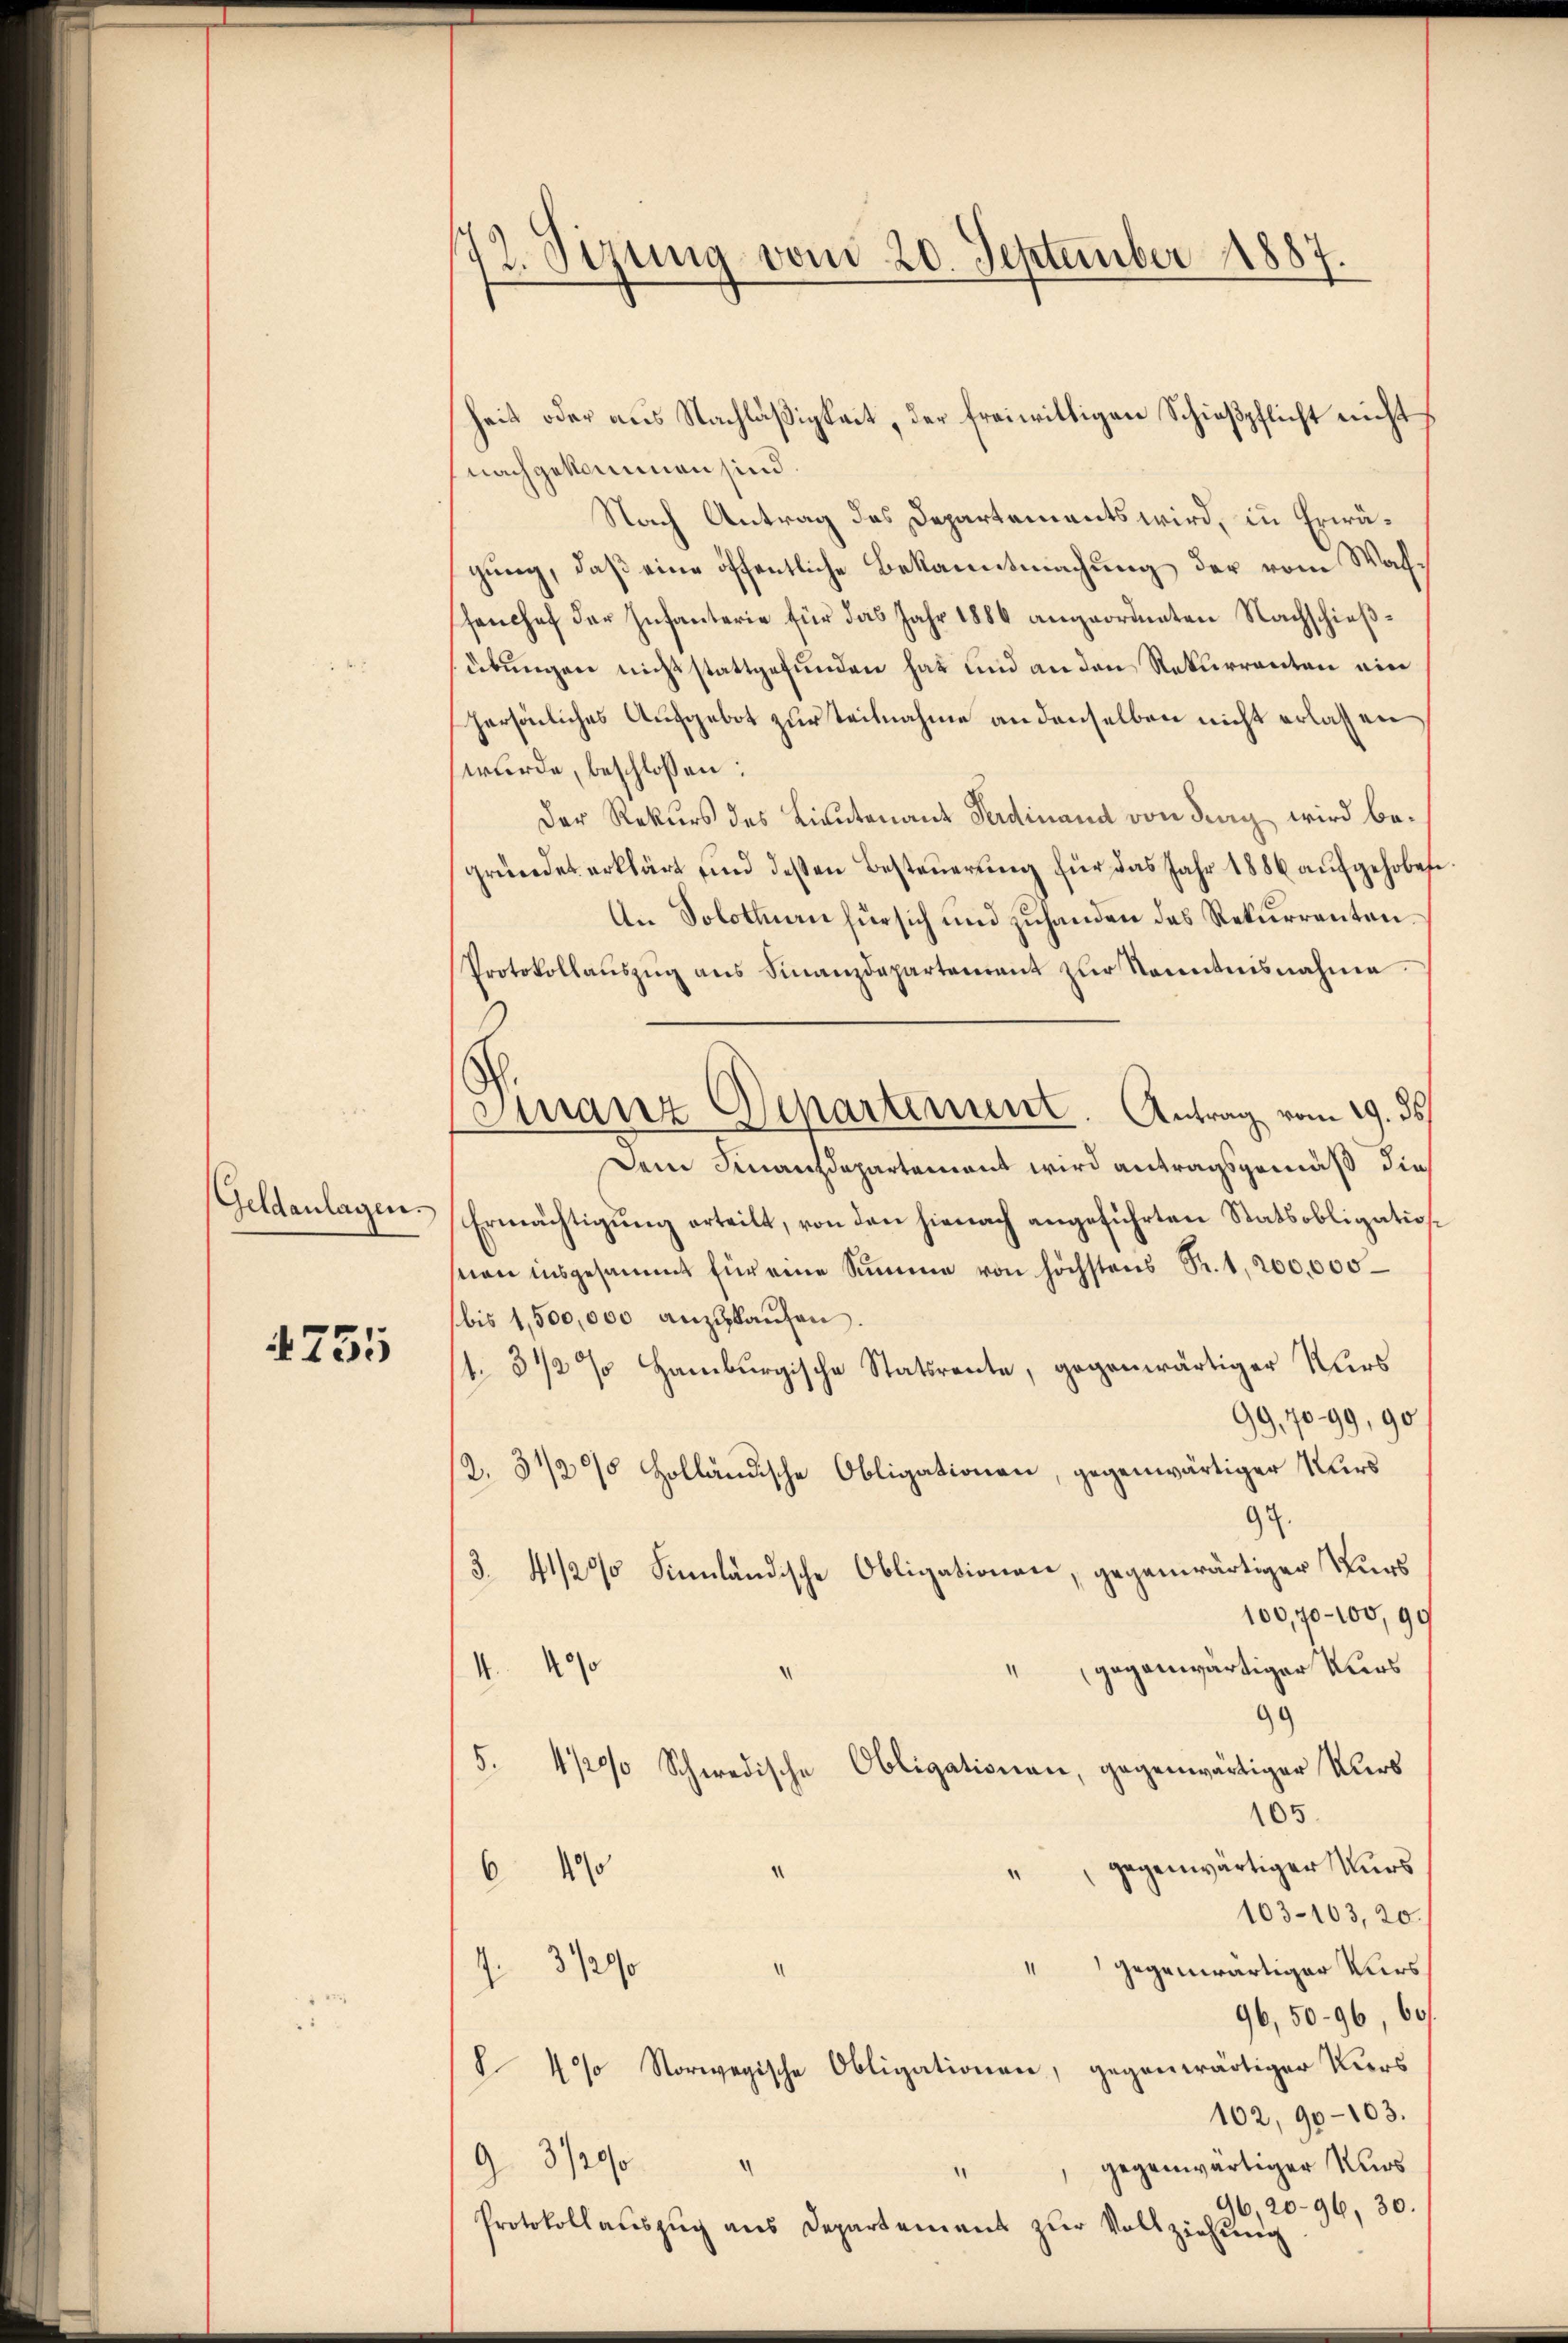
Geldanlagen.

475

172. Sizung vom 20. September 1887.

Finanz Departement. Antrag vom 19. 35

heit oder aus Nachläßigkeit, der freiwilligen Schießpflicht nicht
nachgekommen sind.
Nach Antrag des Departements wird, in Erwägung, daß eine öffentliche Bekanntmachung der vom Waffenchef der Infanterie für das Jahr 1886 angeordneten Nachschießsübungen nicht stattgefunden hat und an den Rekurrenten ein
persönliches Aufgebot zur Teilnahme an denselben nicht erlassen
wurde, beschlossen:
Der Rekurs des Lieutenant Ferdinand von Frag wird begründet erklärt und deßen Besteuerung für das Jahr 1886 aufgehobene
An Solothurn für sich und zuhanden das Rekurrenten¬
Protokollaŭszŭg ans Finanzdepartenant zŭr Kenntnisnahme
Dem Finanzdepartement wird antragsgemäß die
Ermächtigung erteilt, von den hienach angeführten Statsobligationsnien insgesammt für eine Summe von höchstens Sr. 1, 200,000
bis 1,500,000 anzukaufen.
1. 3 1/2 % Hamburgische Statsrente, gegenwärtiger Kurs
99,7099, 90
2.31/2% Holländische Obligationen, gegenwärtiger Kurs
97.
3.41/2% Sinnländische Obligationen, gegenwärtiger Kurs
100,70–100,99
“ gegenwärtiger Kurs
4.490
99)
5. 41200 Schwedische Obligationen, gegenwärtiger Kurs
105
" gegenwärtiger Kurs
6 470 "
103-103,20.
" gegenwärtiger Kurs
1. 31290 "
96,50-96, 60f
§ 40% Norwegische Obligationen, gegenwärtiger Kirs
102, 90-103.
93/200
gegenwärtiger Kurs
.
96,20-96, 30.
Protokollauszug aus Departement zur Vollziehung